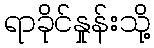
ရာခိုင်နှုန်းသို့